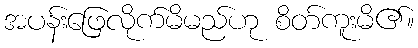
အပန်းဖြေလိုက်မိမည်ဟု စိတ်ကူးမိ၏။